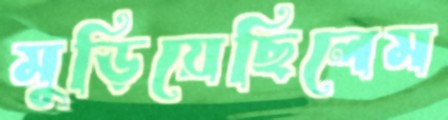
মুড়িয়েছিলেম